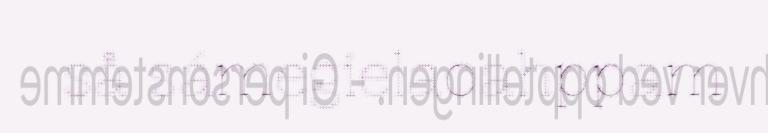
så sámegielaoahppam